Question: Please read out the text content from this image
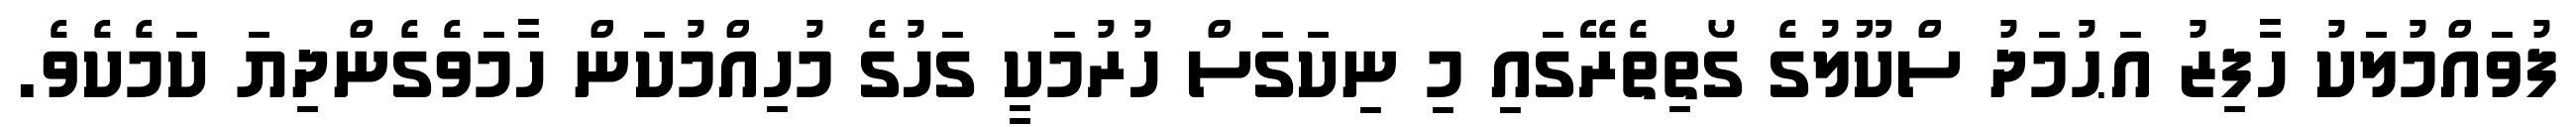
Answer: ފުވައްމުލަކު ހާފިޒު އަޙުމަދު ސްކޫލުގެ ގޯތިތެރޭގައި މި ނިކަގަސް ހުރުމަކީ ގަހުގެ މުހިއްމުކަން ހާމަވެގެންދިޔަ ކަމެކެވެ.